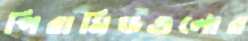
পিরামিডগুলোর